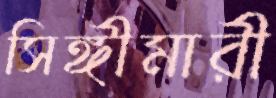
সিঙ্গীমারী